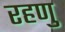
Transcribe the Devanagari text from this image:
रहणु